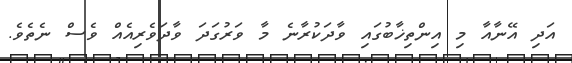
އަދި އޭނާއާ މި އިންތިޚާބުގައި ވާދަކުރާނެ މާ ވަރުގަދަ ވާދަވެރިއެއް ވެސް ނެތެވެ.